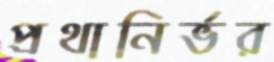
প্রথানির্ভর